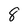
Character: 8